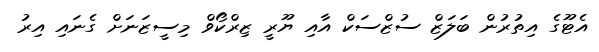
އެޓޫގެ އިތުރުން ބަލަޒް ސުޒްސަކް އާއި ޔޫރީ ޒިރްކޯވް މިސީޒަނަށް ގެނައި އިރު